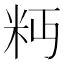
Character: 𥸴